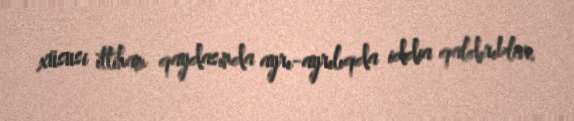
xüsusi ittiham qaydasında ayrı-ayrılıqda iddia qaldırıblar.